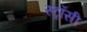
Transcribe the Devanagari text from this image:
स्ट्रॉसी